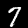
Digit: 7